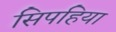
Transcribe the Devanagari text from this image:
सिपहिया